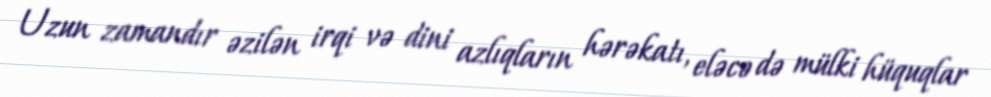
Uzun zamandır əzilən irqi və dini azlıqların hərəkatı, eləcə də mülki hüquqlar